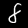
Digit: 8